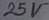
Text: 25V